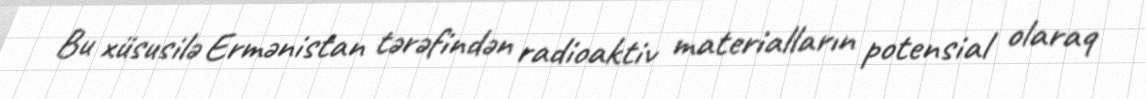
Bu xüsusilə Ermənistan tərəfindən radioaktiv materialların potensial olaraq